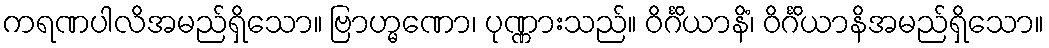
ကရဏပါလိအမည်ရှိသော။ ဗြာဟ္မဏော၊ ပုဏ္ဏားသည်။ ဝိင်္ဂိယာနိံ၊ ဝိင်္ဂိယာနိအမည်ရှိသော။